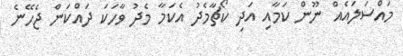
މައްސަލައެއް ނޫން ކަމާއި އަދި ކޯޗާމެދު އެކަމާ މެދު ވާހަކަ ދައްކަން ޖެހޭނެ